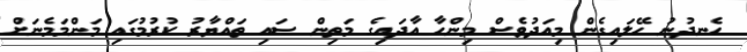
ހެނދުނު ހޭލައިގެން މިއަދުވެސް މިންހާ އާދައިގެ މަތިން ސައި ތައްޔާރު ކުރުމުގައި މަންމަމެނަށް